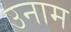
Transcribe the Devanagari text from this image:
उनाम